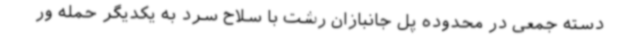
دسته جمعی در محدوده پل جانبازان رشت با سلاح سرد به یکدیگر حمله ور